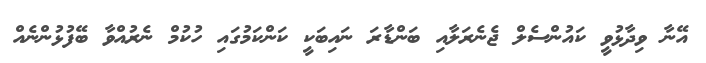
އޭނާ ވިދާޅުވީ ކައުންސެލް ޖެނެރަލާއި ބަންޑާރަ ނައިބަކީ ކަންކަމުގައި ހުކުމް ނެރުއްވާ ބޭފުޅުންނެއް